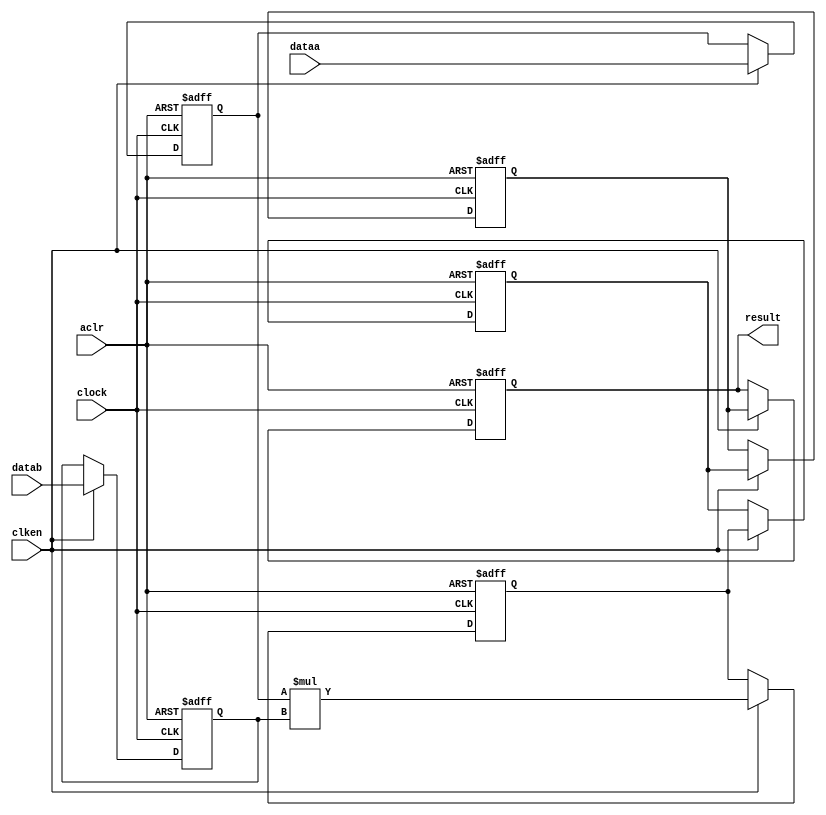
//lpm_mult CBX_DECLARE_ALL_CONNECTED_PORTS="OFF" DEDICATED_MULTIPLIER_CIRCUITRY="YES" DEVICE_FAMILY="Cyclone V" DSP_BLOCK_BALANCING="Auto" LPM_PIPELINE=5 LPM_REPRESENTATION="UNSIGNED" LPM_WIDTHA=24 LPM_WIDTHB=24 LPM_WIDTHP=48 LPM_WIDTHS=1 aclr clken clock dataa datab result CARRY_CHAIN="MANUAL" CARRY_CHAIN_LENGTH=48
//VERSION_BEGIN 18.1 cbx_cycloneii 2019:04:11:16:04:12:SJ cbx_lpm_add_sub 2019:04:11:16:04:12:SJ cbx_lpm_mult 2019:04:11:16:04:12:SJ cbx_mgl 2019:04:11:16:07:46:SJ cbx_nadder 2019:04:11:16:04:12:SJ cbx_padd 2019:04:11:16:04:12:SJ cbx_stratix 2019:04:11:16:04:12:SJ cbx_stratixii 2019:04:11:16:04:12:SJ cbx_util_mgl 2019:04:11:16:04:12:SJ  VERSION_END
// synthesis VERILOG_INPUT_VERSION VERILOG_2001
// altera message_off 10463



// Copyright (C) 2019  Intel Corporation. All rights reserved.
//  Your use of Intel Corporation's design tools, logic functions 
//  and other software and tools, and any partner logic 
//  functions, and any output files from any of the foregoing 
//  (including device programming or simulation files), and any 
//  associated documentation or information are expressly subject 
//  to the terms and conditions of the Intel Program License 
//  Subscription Agreement, the Intel Quartus Prime License Agreement,
//  the Intel FPGA IP License Agreement, or other applicable license
//  agreement, including, without limitation, that your use is for
//  the sole purpose of programming logic devices manufactured by
//  Intel and sold by Intel or its authorized distributors.  Please
//  refer to the applicable agreement for further details, at
//  https://fpgasoftware.intel.com/eula.



//synthesis_resources = 
//synopsys translate_off
`timescale 1 ps / 1 ps
//synopsys translate_on
module  mult_9ct
	( 
	aclr,
	clken,
	clock,
	dataa,
	datab,
	result) /* synthesis synthesis_clearbox=1 */;
	input   aclr;
	input   clken;
	input   clock;
	input   [23:0]  dataa;
	input   [23:0]  datab;
	output   [47:0]  result;
`ifndef ALTERA_RESERVED_QIS
// synopsys translate_off
`endif
	tri0   aclr;
	tri1   clken;
	tri0   clock;
`ifndef ALTERA_RESERVED_QIS
// synopsys translate_on
`endif

	reg  [23:0]  dataa_input_reg;
	reg  [23:0]  datab_input_reg;
	reg  [47:0]  result_output_reg;
	reg  [47:0]  result_extra0_reg;
	reg  [47:0]  result_extra1_reg;
	reg  [47:0]  result_extra2_reg;
	wire [23:0]    dataa_wire;
	wire [23:0]    datab_wire;
	wire [47:0]    result_wire;


	// synopsys translate_off
	initial
		dataa_input_reg = 0;
	// synopsys translate_on
	always @(posedge clock or posedge aclr)
		if (aclr == 1'b1)
			dataa_input_reg <= 24'b0;
		else
			if (clken == 1'b1)
				dataa_input_reg <= dataa;
	// synopsys translate_off
	initial
		datab_input_reg = 0;
	// synopsys translate_on
	always @(posedge clock or posedge aclr)
		if (aclr == 1'b1)
			datab_input_reg <= 24'b0;
		else
			if (clken == 1'b1)
				datab_input_reg <= datab;
	// synopsys translate_off
	initial
		result_output_reg = 0;
	// synopsys translate_on
	always @(posedge clock or posedge aclr)
		if (aclr == 1'b1)
			result_output_reg <= 48'b0;
		else
			if (clken == 1'b1)
				result_output_reg <= result_extra2_reg;
	// synopsys translate_off
	initial
		result_extra0_reg = 0;
	// synopsys translate_on
	always @(posedge clock or posedge aclr)
		if (aclr == 1'b1)
			result_extra0_reg <= 48'b0;
		else
			if (clken == 1'b1)
				result_extra0_reg <= result_wire[47:0];
	// synopsys translate_off
	initial
		result_extra1_reg = 0;
	// synopsys translate_on
	always @(posedge clock or posedge aclr)
		if (aclr == 1'b1)
			result_extra1_reg <= 48'b0;
		else
			if (clken == 1'b1)
				result_extra1_reg <= result_extra0_reg;
	// synopsys translate_off
	initial
		result_extra2_reg = 0;
	// synopsys translate_on
	always @(posedge clock or posedge aclr)
		if (aclr == 1'b1)
			result_extra2_reg <= 48'b0;
		else
			if (clken == 1'b1)
				result_extra2_reg <= result_extra1_reg;

	assign dataa_wire = dataa_input_reg;
	assign datab_wire = datab_input_reg;
	assign result_wire = dataa_wire * datab_wire;
	assign result = ({result_output_reg});

endmodule //mult_9ct
//VALID FILE